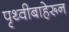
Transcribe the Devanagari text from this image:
पृथ्वीबाहेरून